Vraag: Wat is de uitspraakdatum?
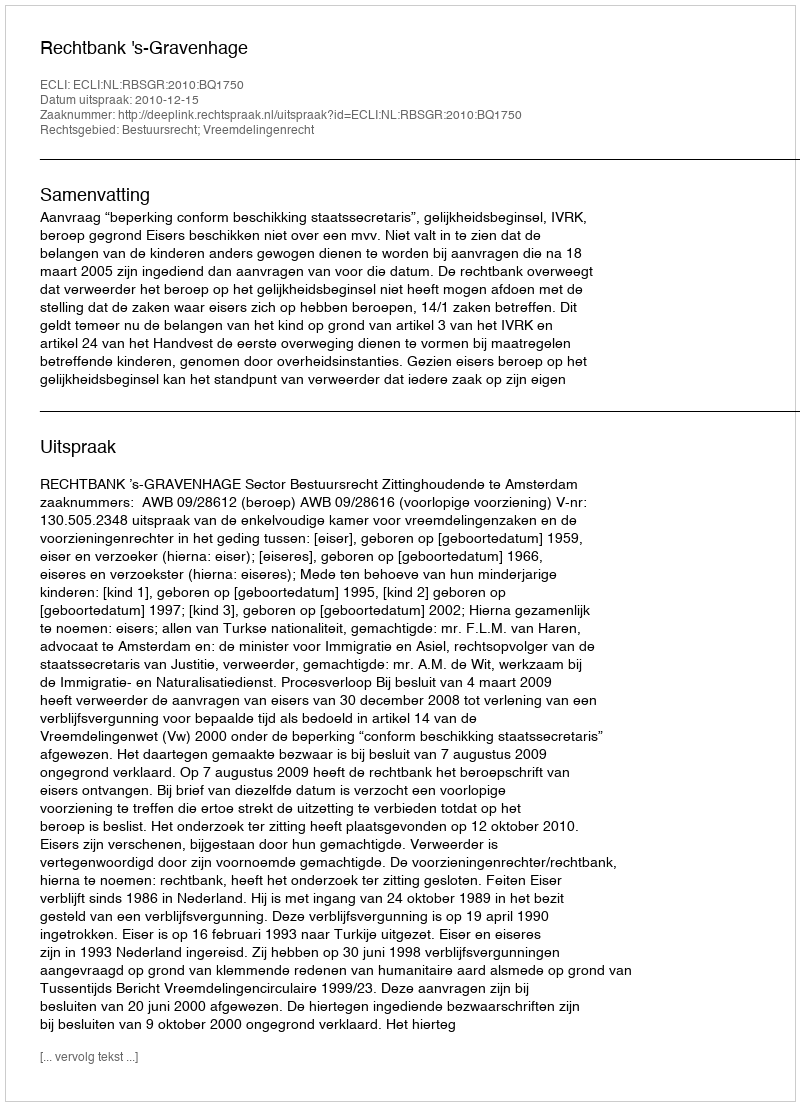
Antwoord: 2010-12-15